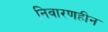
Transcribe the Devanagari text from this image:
निवारणहीन